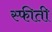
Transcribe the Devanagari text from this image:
स्फीती